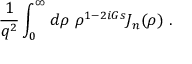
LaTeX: { \frac { 1 } { q ^ { 2 } } } \int _ { 0 } ^ { \infty } d \rho ~ \rho ^ { 1 - 2 i G s } J _ { n } ( \rho ) ~ .